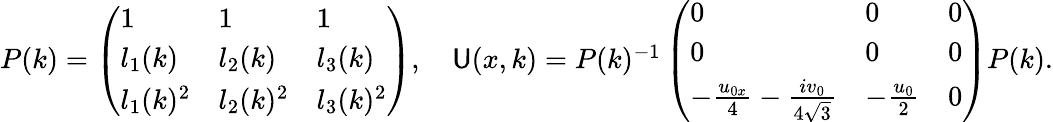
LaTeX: \begin{array}{r}{P(k)=\left(\begin{array}{lll}{1}&{1}&{1}\\ {l_{1}(k)}&{l_{2}(k)}&{l_{3}(k)}\\ {l_{1}(k)^{2}}&{l_{2}(k)^{2}}&{l_{3}(k)^{2}}\end{array}\right),\quad\mathsf{U}(x,k)=P(k)^{-1}\left(\begin{array}{lll}{0}&{0}&{0}\\ {0}&{0}&{0}\\ {-\frac{u_{0x}}{4}-\frac{iv_{0}}{4\sqrt{3}}}&{-\frac{u_{0}}{2}}&{0}\end{array}\right)P(k).}\end{array}